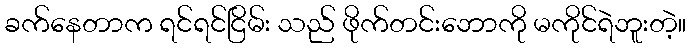
ခက်နေတာက ရင်ရင်ငြိမ်း သည် ဖိုက်တင်းဘောကို မကိုင်ရဲဘူးတဲ့။